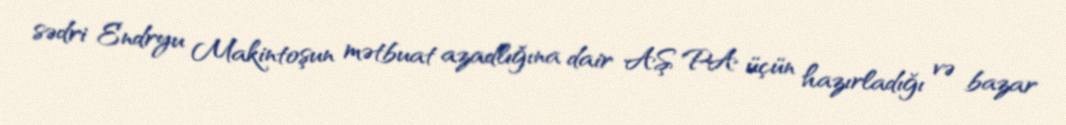
sədri Endryu Makintoşun mətbuat azadlığına dair AŞ PA üçün hazırladığı və bazar